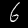
Label: 6